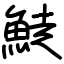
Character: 鯐